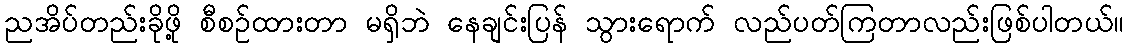
ညအိပ်တည်းခိုဖို့ စီစဉ်ထားတာ မရှိဘဲ နေချင်းပြန် သွားရောက် လည်ပတ်ကြတာလည်းဖြစ်ပါတယ်။